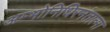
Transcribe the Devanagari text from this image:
अम्भोनिधिरनंतात्मा